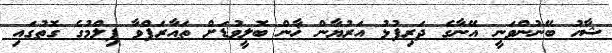
ޝާހު ބޭނުންވަނީ އޭނާގެ ދަރިފުޅު އަރުޔާން ޚާން ބޮލީވުޑަށް ތައާރަފްވާ ފިލްމުގެ ގޮތުގައި